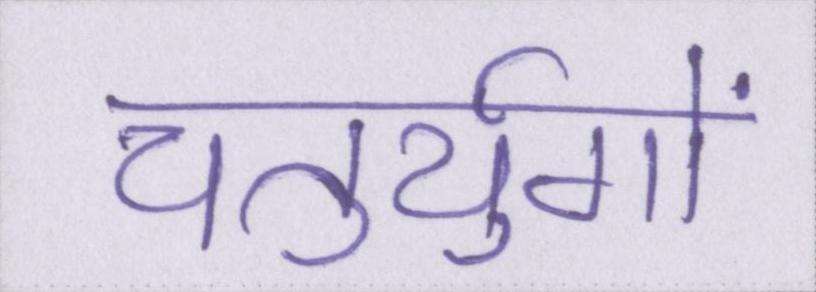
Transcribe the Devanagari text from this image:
चतुर्युगों